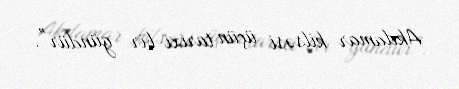
Akdamar kilsəsi üçün tarixi bir gündür”.